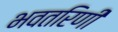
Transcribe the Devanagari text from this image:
भवतरिणी